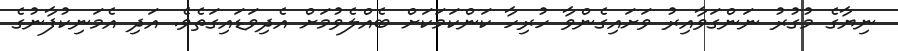
ނިޔާގެ މުގުރު ނަންގަވާއިރު ވަށައިގެންވާ ހުރިހާ ކަންކަމަކަށް ބެއްލެވުމަށް އެދިވަޑައިގަތެވެ. އަދި އެމަނިކުފާނުގެ